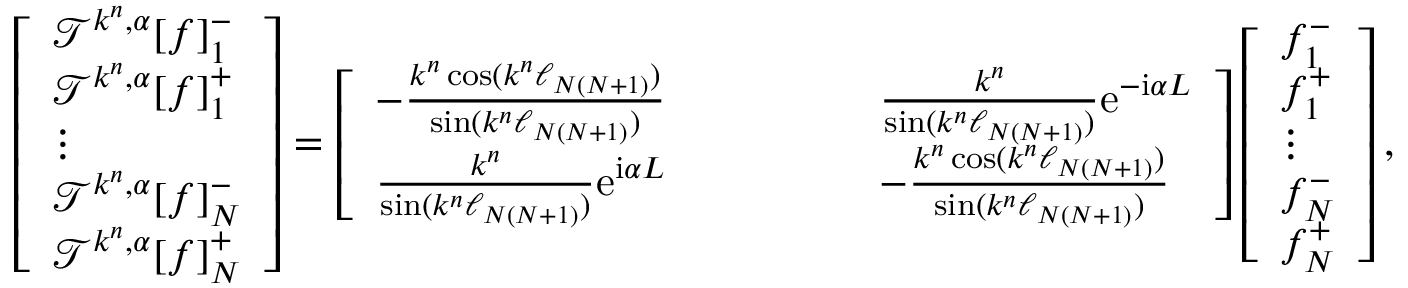
\left[ \begin{array} { l } { \mathcal { T } ^ { k ^ { n } , \alpha } [ f ] _ { 1 } ^ { - } } \\ { \mathcal { T } ^ { k ^ { n } , \alpha } [ f ] _ { 1 } ^ { + } } \\ { \vdots } \\ { \mathcal { T } ^ { k ^ { n } , \alpha } [ f ] _ { N } ^ { - } } \\ { \mathcal { T } ^ { k ^ { n } , \alpha } [ f ] _ { N } ^ { + } } \end{array} \right] = \left[ \begin{array} { l l l l l l } { - \frac { k ^ { n } \cos ( k ^ { n } \ell _ { N ( N + 1 ) } ) } { \sin ( k ^ { n } \ell _ { N ( N + 1 ) } ) } } & { } & { } & { } & { } & { \frac { k ^ { n } } { \sin ( k ^ { n } \ell _ { N ( N + 1 ) } ) } \mathrm { e } ^ { - \mathrm { i } \alpha L } } \\ { \frac { k ^ { n } } { \sin ( k ^ { n } \ell _ { N ( N + 1 ) } ) } \mathrm { e } ^ { \mathrm { i } \alpha L } } & { } & { } & { } & { } & { - \frac { k ^ { n } \cos ( k ^ { n } \ell _ { N ( N + 1 ) } ) } { \sin ( k ^ { n } \ell _ { N ( N + 1 ) } ) } } \end{array} \right] \left[ \begin{array} { l } { f _ { 1 } ^ { - } } \\ { f _ { 1 } ^ { + } } \\ { \vdots } \\ { f _ { N } ^ { - } } \\ { f _ { N } ^ { + } } \end{array} \right] ,